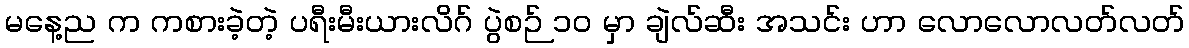
မနေ့ည က ကစားခဲ့တဲ့ ပရီးမီးယားလိဂ် ပွဲစဉ် ၁၀ မှာ ချဲလ်ဆီး အသင်း ဟာ လောလောလတ်လတ်